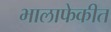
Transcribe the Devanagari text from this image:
भालाफेकीत